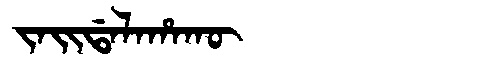
Manchu: ᠵᠠᡳᡩᠠᠯᠠᡥᠠᡴᡡ
Romanization: JAIDALAHAKŪ